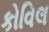
કોવિલ